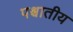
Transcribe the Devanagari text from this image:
पश्चातीय